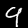
Label: 9